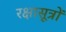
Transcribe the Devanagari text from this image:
रक्षासूत्रों